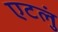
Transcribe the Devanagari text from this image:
एटलुं